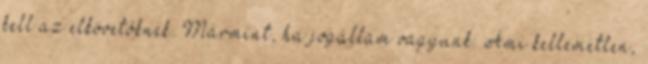
kell az elkövetőknek. Mármint, ha jogállam vagyunk. Ami kellemetlen,